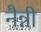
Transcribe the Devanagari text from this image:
नैन्नी